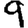
Digit: 9